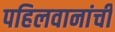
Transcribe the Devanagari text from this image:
पहिलवानांची